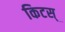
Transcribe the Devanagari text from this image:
किटस्